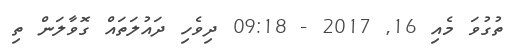
ތުގުވަ މެއި 16